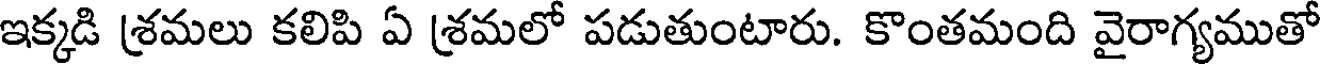
ఇక్కడి శ్రమలు కలిపి ఏ శ్రమలో పడుతుంటారు. కొంతమంది వైరాగ్యముతో